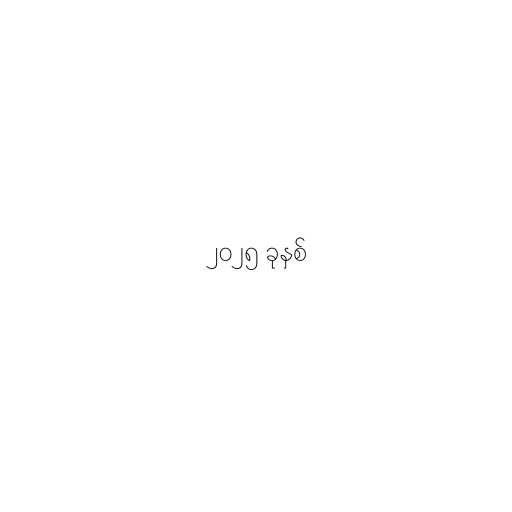
၂၀၂၅ ခုနှစ်